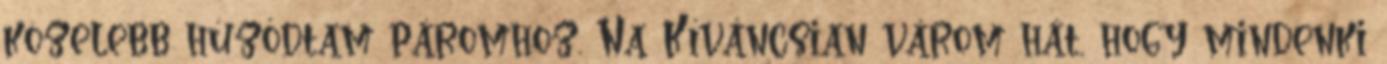
közelebb húzódtam páromhoz. Na Kíváncsian várom hát, hogy mindenki